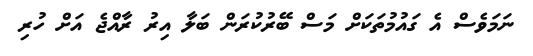
ނަމަވެސް އެ ގައުމުތަކަށް މަސް ބޭރުކުރަން ބަލާ އިރު ރާއްޖެ އަށް ހުރި